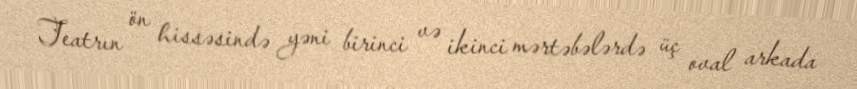
Teatrın ön hissəsində yəni birinci və ikinci mərtəbələrdə üç oval arkada